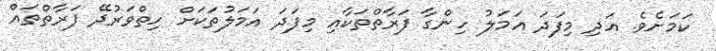
ކަމަށެވެ. އަދި މިފަދަ އަމަލު ހިންގާ ފަރާތްތަކާއި މިފަދަ އަމަލުތަކަށް ހިތްވަރުދޭ ފަރާތްތައް